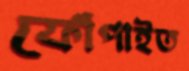
ফোঁপাইত